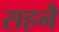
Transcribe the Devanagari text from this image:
सहनै